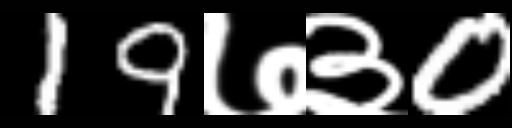
Text: 19७३0